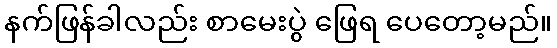
နက်ဖြန်ခါလည်း စာမေးပွဲ ဖြေရ ပေတော့မည်။